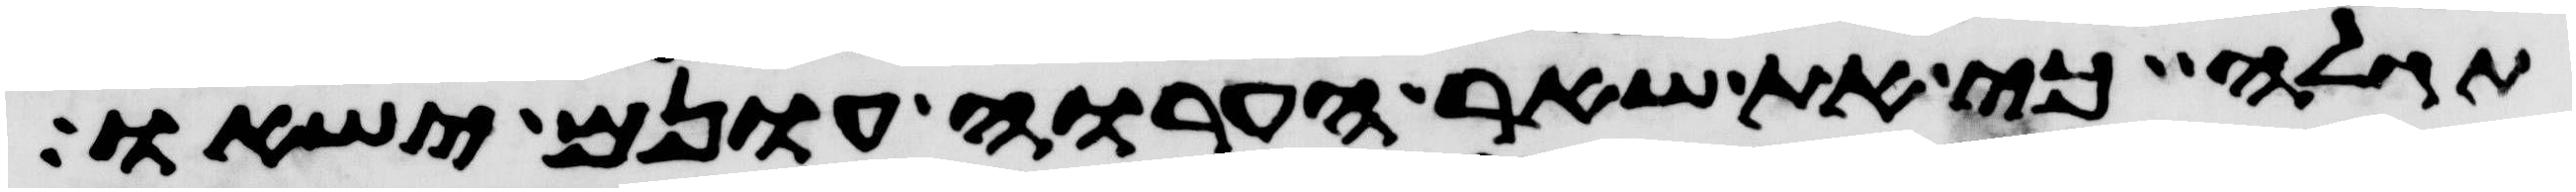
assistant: תגלה כי את שאר הערוה עונם ישאו